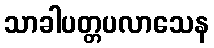
သာခါပတ္တပလာသေန